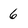
Character: 6